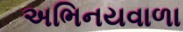
અભિનયવાળા